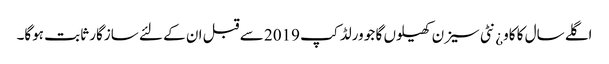
اگلے سال کا کاو¿نٹی سیزن کھیلوں گا جو ورلڈ کپ 2019 سے قبل ان کے لئے سازگار ثابت ہوگا۔